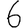
Digit: 6